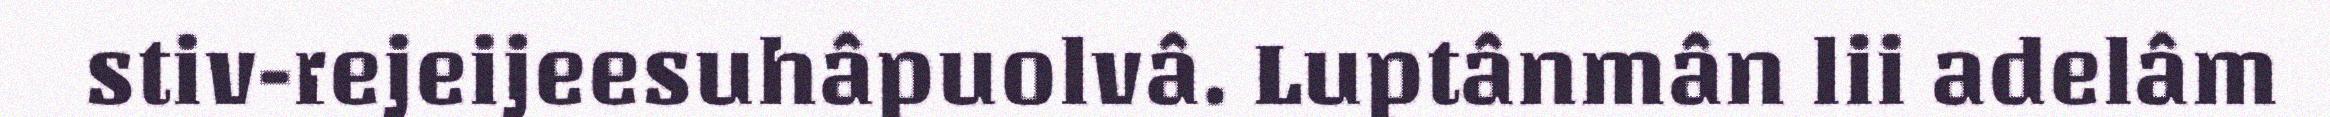
stiv-rejeijeesuhâpuolvâ. Luptânmân lii adelâm